Civil Veterinary Department Bihar & Orissa reports 1929-36 - 1929-1936
Year: 1929
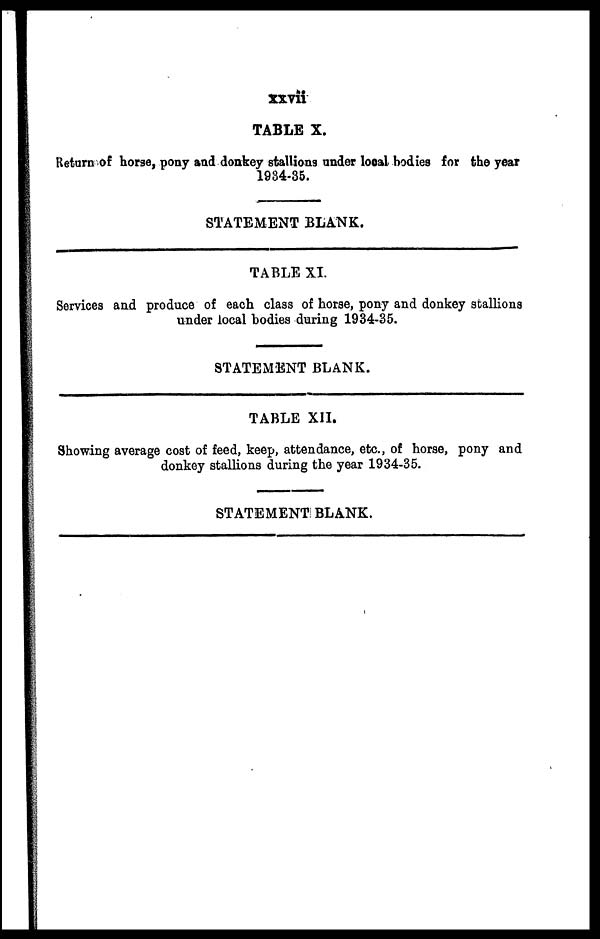
xxvii
TABLE X.
Return of horse, pony and donkey stallions under local bodies for the year
1984-35.
STATEMENT BLANK.
TABLE XI.
Services and produce of each class of horse, pony and donkey stallions
under local bodies during 1934-35.
STATEMENT BLANK.
TABLE XII.
Showing average cost of feed, keep, attendance, etc., of horse, pony and
donkey stallions during the year 1934-35.
STATEMENT BLANK.